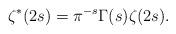
LaTeX: \begin{align*} \zeta^*(2s) = \pi^{-s} \Gamma(s)\zeta(2s).\end{align*}